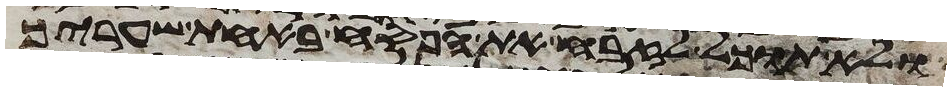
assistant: ולא תוכל לזבח את הפסח באחת שעריך